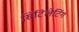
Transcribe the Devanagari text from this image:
सिंटिलेटिंग